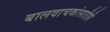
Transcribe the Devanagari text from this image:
बालवाचकांसाठीही